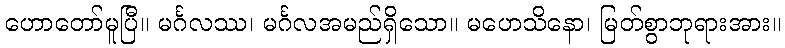
ဟောတော်မူပြီ။ မင်္ဂလဿ၊ မင်္ဂလအမည်ရှိသော။ မဟေသိနော၊ မြတ်စွာဘုရားအား။